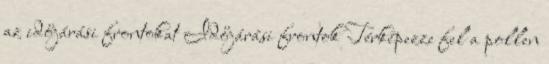
az időjárási frontokat Időjárási frontok Térképezze fel a pollen